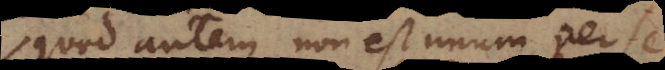
quod autem non est unum per se